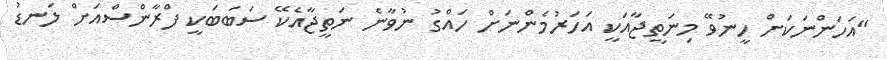
"އަހަންނަކަށް ހީނުވޭ މިނަތީޖާއަކީ އަހަރުމެންނަށް ހައްގު ނުވާނެ ނަތީޖާއެކޭ ސަބަބަކީ ފްރާންސްއަށް ލަނޑު